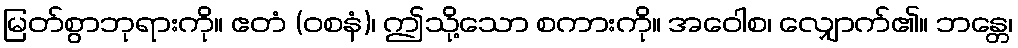
မြတ်စွာဘုရားကို။ ဧတံ (ဝစနံ)၊ ဤသို့သော စကားကို။ အဝေါစ၊ လျှောက်၏။ ဘန္တေ၊